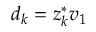
d _ { k } = z _ { k } ^ { * } v _ { 1 }